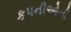
કપનીઓની